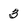
Character: 3